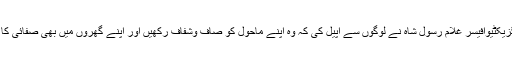
اس سلسلے میں ایگزیکٹیوآفیسر غلام رسول شاہ نے لوگوں سے اپیل کی کہ وہ اپنے ماحول کو صاف وشفاف رکھیں اور اپنے گھروں میں بھی صفائی کا خاص اہتمام کریں۔